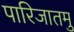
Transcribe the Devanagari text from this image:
पारिजातमु